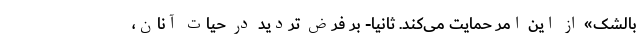
بالشک» از این امر حمایت می‌کند. ثانیا- بر فرض تردید در حیات آنان،